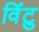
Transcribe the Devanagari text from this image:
विंटु